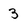
Character: 3